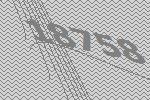
18758